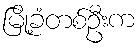
မြို့ခံတစ်ဦးက